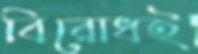
বিরোধই